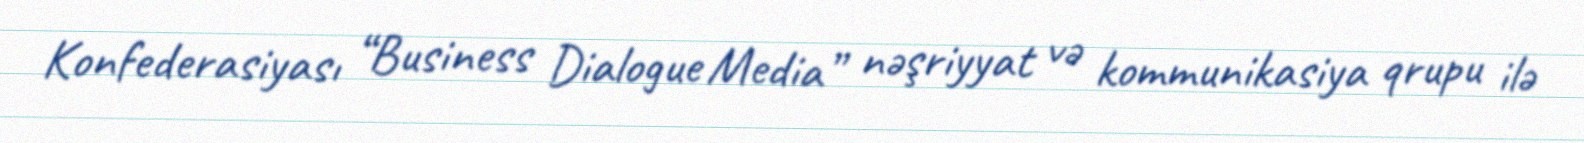
Konfederasiyası “Business Dialogue Media” nəşriyyat və kommunikasiya qrupu ilə